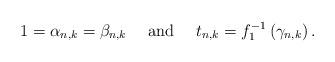
LaTeX: \begin{align*} 1 = \alpha_{n,k} = \beta_{n,k} \text{ \ \ \ and \ \ \ } t_{n,k}= f_{1}^{-1}\left(\gamma_{n,k}\right).\end{align*}